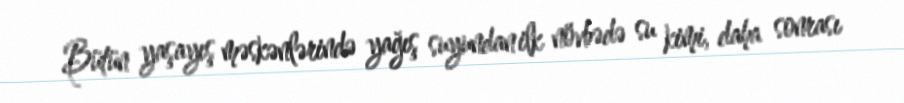
Bütün yaşayış məskənlərində yağış suyundan ilk növbədə su kimi, daha sonrası